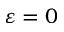
\varepsilon = 0